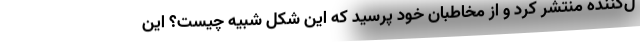
ل‌کننده منتشر کرد و از مخاطبان خود پرسید که این شکل شبیه چیست؟ این